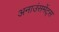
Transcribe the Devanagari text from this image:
अनाउंसमेंट्स